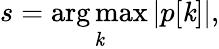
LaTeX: s=\underset{\mathit{k}}{\mathrm{{arg\, max}}}\, |p[\mathit{k}]|,